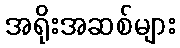
အရိုးအဆစ်များ